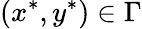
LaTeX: (x^{*},y^{*})\in\Gamma